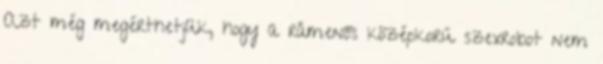
Azt még megérthetjük, hogy a rámenős középkorú szexrobot nem